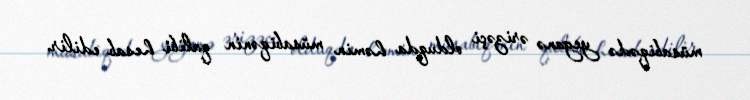
müsabiqədə yeganə ərizəçi olduqda həmin müsabiqənin qalibi hesab edilir.